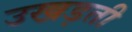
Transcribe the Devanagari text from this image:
उखड़ती